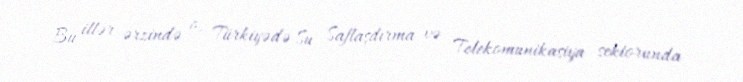
Bu illər ərzində o, Türkiyədə Su Saflaşdırma və Telekomunikasiya sektorunda